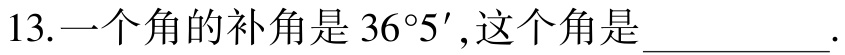
13.一个角的补角是\(36^{\circ}5'\)，这个角是__________.